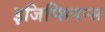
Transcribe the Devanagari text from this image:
इजिप्शियन्स